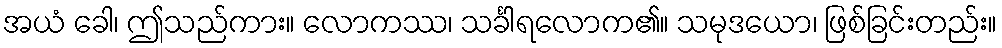
အယံ ခေါ၊ ဤသည်ကား။ လောကဿ၊ သင်္ခါရလောက၏။ သမုဒယော၊ ဖြစ်ခြင်းတည်း။